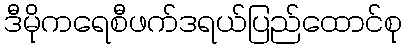
ဒီမိုကရေစီဖက်ဒရယ်ပြည်ထောင်စု